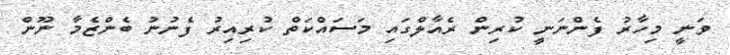
ވަނީ މިހާރު ފެންނަނީ ކުރިން ރެއާލްގައި މަސައްކަތް ކުރިއިރު ފެނުނު ބެންޒެމާ ނޫން